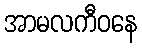
အာမလကီဝနေ